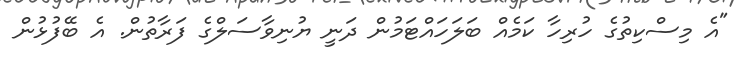
"އެ މިސްކިތުގެ ހުރިހާ ކަމެއް ބަލަހައްޓަމުން ދަނީ ޔުނިވާސަލްގެ ފަރާތުން. އެ ބޭފުޅުން